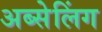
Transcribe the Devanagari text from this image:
अब्सेलिंग